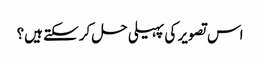
اس تصویر کی پہیلی حل کرسکتے ہیں؟